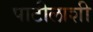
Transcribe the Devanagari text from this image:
पाटीलाशी